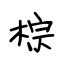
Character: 棕